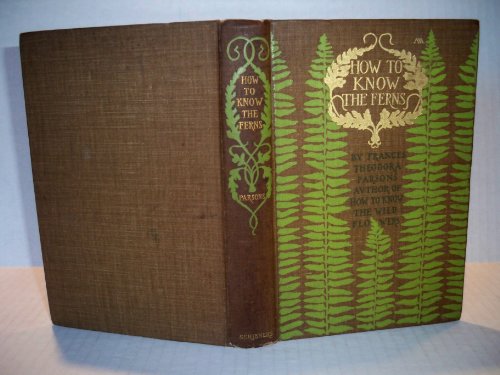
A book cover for How to know the ferns;: A guide to the names, haunts, and habits of our common ferns; Frances Theodora Parsons; Crafts, Hobbies & Home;